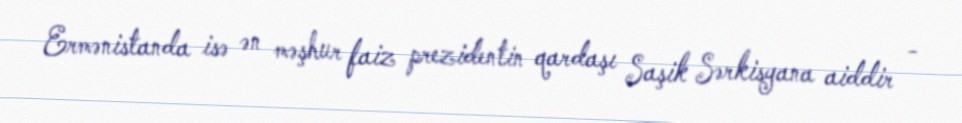
Ermənistanda isə ən məşhur faiz prezidentin qardaşı Saşik Sərkisyana aiddir -